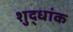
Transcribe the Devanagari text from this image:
शुद्धांक